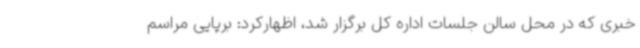
خبری که در محل سالن جلسات اداره کل برگزار شد، اظهارکرد: برپایی مراسم